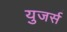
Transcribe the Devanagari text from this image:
युजर्स